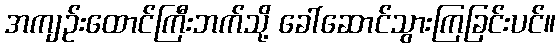
အကျဉ်းထောင်ကြီးဘက်သို့ ခေါ်ဆောင်သွားကြခြင်းပင်။